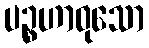
ပဉ္စဟာဝုသော